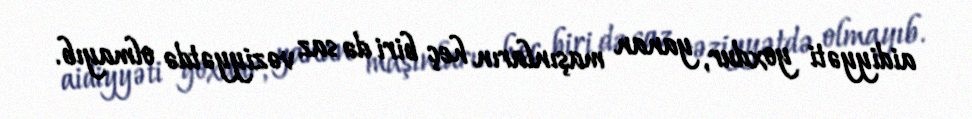
aidiyyəti yoxdur, yanan maşınların heç biri də saz vəziyyətdə olmayıb.